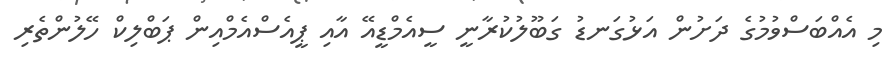
މި އެއްބަސްވުމުގެ ދަށުން އަޅުގަނޑު ގަބޫލުކުރާނީ ސީއެމްޑީއޭ އާއި ޕީއެސްއެމްއިން ޕަބްލިކް ހޭލުންތެރި